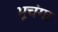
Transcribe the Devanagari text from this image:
भूचंगा